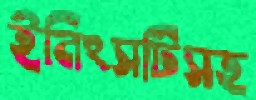
ইনিংসটিসহ